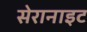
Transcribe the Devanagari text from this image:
सेरानाइट